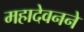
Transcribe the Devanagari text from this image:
महादेवनने